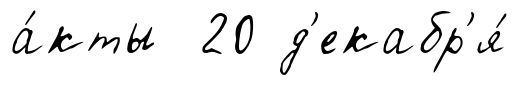
а́кты 20 д'екабр'я́